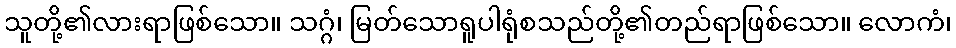
သူတို့၏လားရာဖြစ်သော။ သဂ္ဂံ၊ မြတ်သောရူပါရုံစသည်တို့၏တည်ရာဖြစ်သော။ လောကံ၊